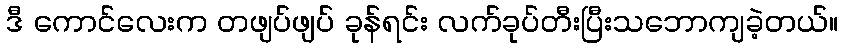
ဒီ ကောင်လေးက တဖျပ်ဖျပ် ခုန်ရင်း လက်ခုပ်တီးပြီးသဘောကျခဲ့တယ်။